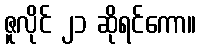
ဇူလိုင် ၂၁ ဆိုရင်ကော။